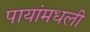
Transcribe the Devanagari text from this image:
पायांमधली